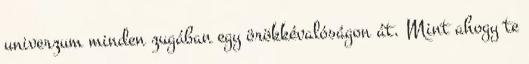
univerzum minden zugában egy örökkévalóságon át. Mint ahogy te